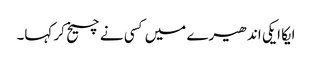
ایکا ایکی اندھیرے میں کسی نے چیخ کر کہا۔